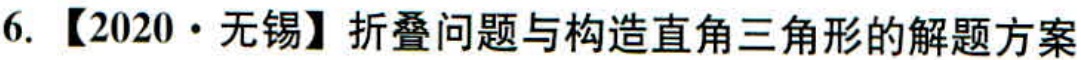
6. 【2020 • 无锡】折叠问题与构造直角三角形的解题方案